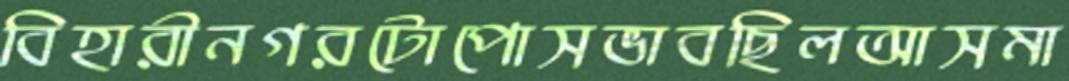
বিহারীনগরটোপোসভাবছিলআসমা